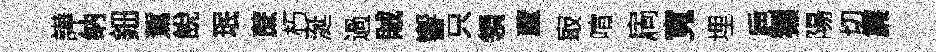
譁纳鈿駕說珉蔗朽涎過賊響只領蘆㝡喧扄寬埋巵獺陽切簾